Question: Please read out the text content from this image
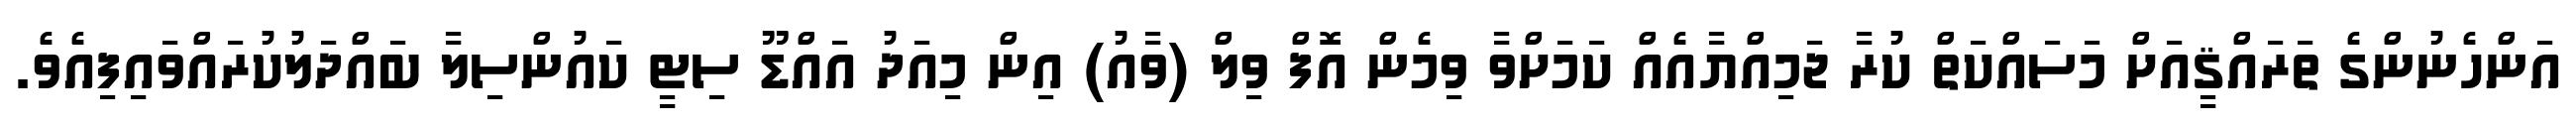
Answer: އަންހެނުންގެ ތަރައްޤީއަށް މަސައްކަތް ކުރާ ޖަމިއްޔާއެއް ކަމަށްވާ ވިމެން އޮފް ވިލް (ވާއު) އިން މިއަދު އައްޑޫ ސިޓީ ކައުންސިލާ ބައްދަލުކުރައްވައިފިއެވެ.